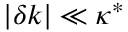
| \delta k | \ll \kappa ^ { * }